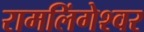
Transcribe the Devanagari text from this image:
रामलिंगेश्‍वर